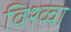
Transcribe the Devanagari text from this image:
विश्व्वा